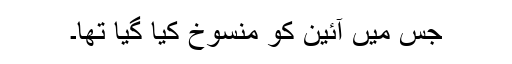
جس میں آئین کو منسوخ کیا گیا تھا۔